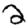
Digit: 2